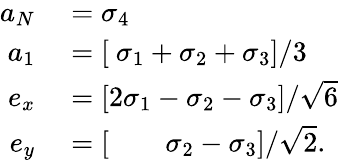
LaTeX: \begin{array}{r}{\begin{array}{rl}{a_{N}}&{{}=\sigma_{4}}\\ {a_{1}}&{{}=\left[\ \sigma_{1}+\sigma_{2}+\sigma_{3}\right]/3}\\ {e_{x}}&{{}=\left[2\sigma_{1}-\sigma_{2}-\sigma_{3}\right]/\sqrt{6}}\\ {e_{y}}&{{}=\left[\ \ \ \ \ \ \ \ \sigma_{2}-\sigma_{3}\right]/\sqrt{2}.}\end{array}}\end{array}